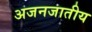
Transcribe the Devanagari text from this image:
अजनजातीय